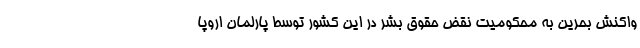
واکنش بحرین به محکومیت نقض حقوق بشر در این کشور توسط پارلمان اروپا